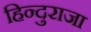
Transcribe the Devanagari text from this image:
हिन्दुराजा